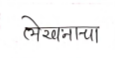
मजकूर: लेखनाचा